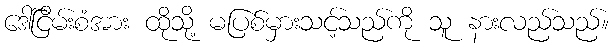
ဒေါ်ငြိမ်းစံအား ထိုသို့ မပြစ်မှားသင့်သည်ကို သူ နားလည်သည်။